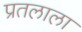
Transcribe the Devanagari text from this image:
प्रतलाला